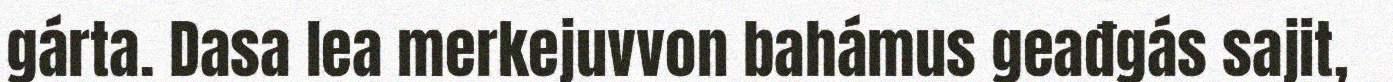
gárta. Dasa lea merkejuvvon bahámus geađgás sajit,